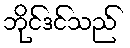
ဘိုင်ဒင်သည်